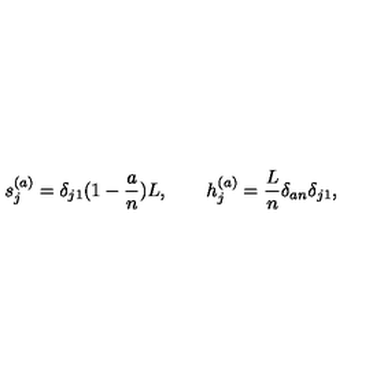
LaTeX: s _ { j } ^ { ( a ) } = \delta _ { j 1 } ( 1 - { \frac { a } { n } } ) L , \qquad h _ { j } ^ { ( a ) } = { \frac { L } { n } } \delta _ { a n } \delta _ { j 1 } ,